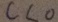
c < 0